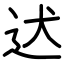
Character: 迖